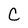
Character: C